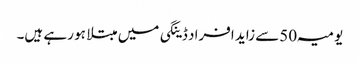
یومیہ 50سے زاید افراد ڈینگی میں مبتلا ہو رہے ہیں۔